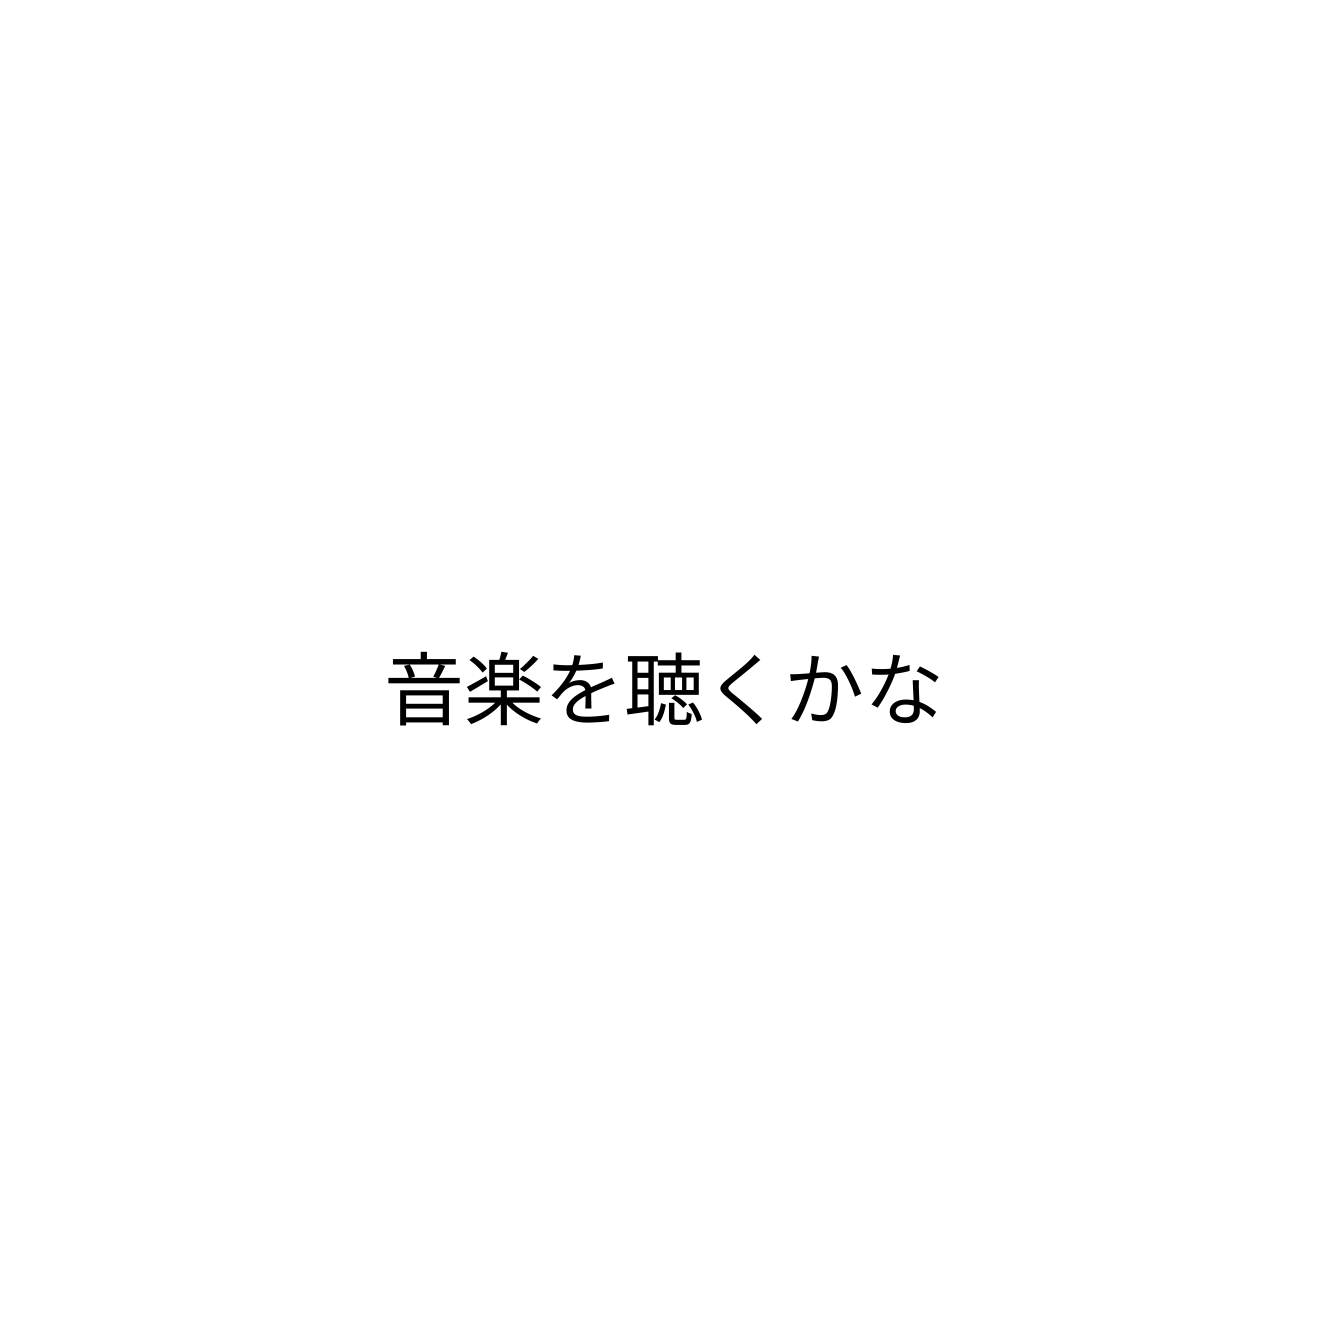
音楽を聴くかな